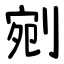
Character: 剜